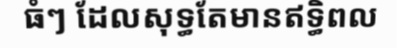
ធំៗ ដែលសុទ្ធតែមានឥទ្ធិពល